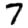
Digit: 7